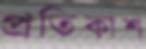
প্রতিকাশ